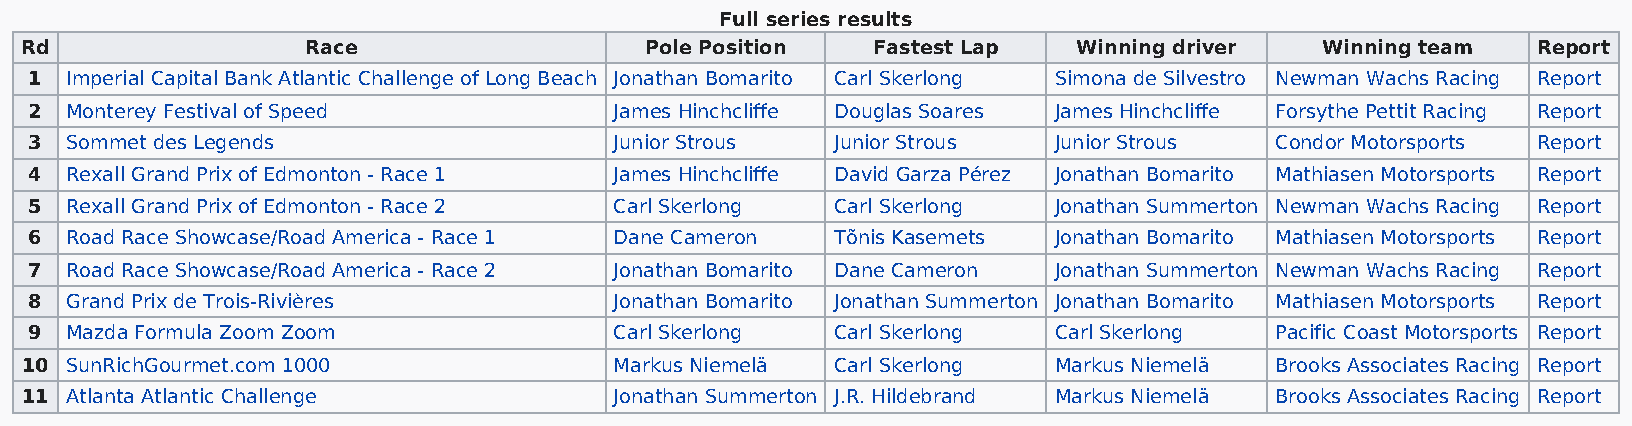
Full series results
 Rd                 Race                   Pole Position  Fastest Lap  Winning driver  Winning team   Report
 1 Imperial Capital Bank Atlantic Challenge of Long Beach Jonathan Bomarito Carl Skerlong Simona de Silvestro Newman Wachs Racing Report
 2 Monterey Festival of Speed           James Hinchcliffe Douglas Soares James Hinchcliffe Forsythe Pettit Racing Report
 3 Sommet des Legends                   Junior Strous Junior Strous  Junior Strous Condor Motorsports Report
 4 Rexall Grand Prix of Edmonton - Race 1 James Hinchcliffe David Garza Pérez Jonathan Bomarito Mathiasen Motorsports Report
 5 Rexall Grand Prix of Edmonton - Race 2 Carl Skerlong Carl Skerlong Jonathan Summerton Newman Wachs Racing Report
 6 Road Race Showcase/Road America - Race 1 Dane Cameron Tõnis Kasemets Jonathan Bomarito Mathiasen Motorsports Report
 7 Road Race Showcase/Road America - Race 2 Jonathan Bomarito Dane Cameron Jonathan Summerton Newman Wachs Racing Report
 8 Grand Prix de Trois-Rivières         Jonathan Bomarito Jonathan Summerton Jonathan Bomarito Mathiasen Motorsports Report
 9 Mazda Formula Zoom Zoom              Carl Skerlong Carl Skerlong  Carl Skerlong Pacific Coast Motorsports Report
 10 SunRichGourmet.com 1000              Markus Niemelä Carl Skerlong Markus Niemelä Brooks Associates Racing Report
 11 Atlanta Atlantic Challenge           Jonathan Summerton J.R. Hildebrand Markus Niemelä Brooks Associates Racing Report